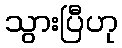
သွားပြီဟု